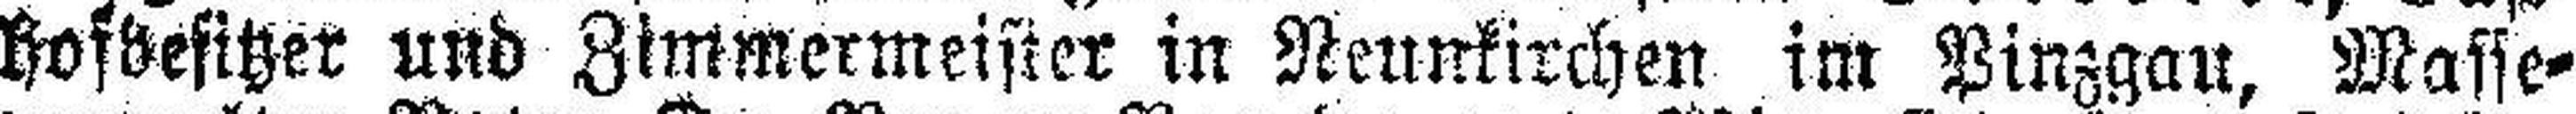
hofbesitzer und Zimmermeister in Neunkirchen im Pinzgau, Masse¬